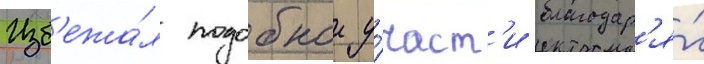
Изб'ежа́л подобнои у́част'и благодар'я́